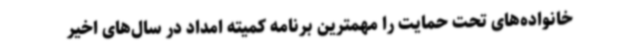
خانواده‌های تحت حمایت را مهمترین برنامه کمیته امداد در سال‌های اخیر